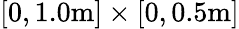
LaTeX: [0,1.0\mathrm{m}]\times[0,0.5\mathrm{m}]